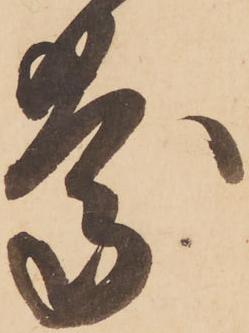
慶